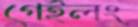
গেইলং